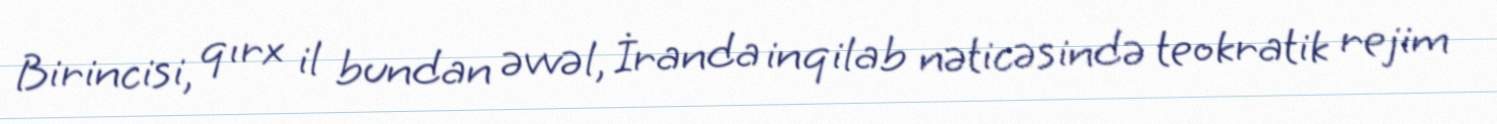
Birincisi, qırx il bundan əvvəl, İranda inqilab nəticəsində teokratik rejim